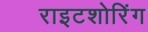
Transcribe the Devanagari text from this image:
राइटशोरिंग